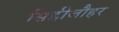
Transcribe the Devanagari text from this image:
सिद्दीजौहर